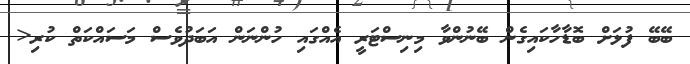
ބޭބޭ ފުޅަށް ބޮޑާހާކައިގެން ބޭނުންވާ މިނިސްޓަރީ އެއްގައި ހުންނަން އަބަދުވެސް މަސައްކަތް ކުރި<